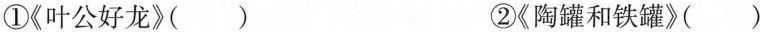
①《叶公好龙》（ ） ②《陶罐和铁罐》（ ）